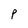
Character: p